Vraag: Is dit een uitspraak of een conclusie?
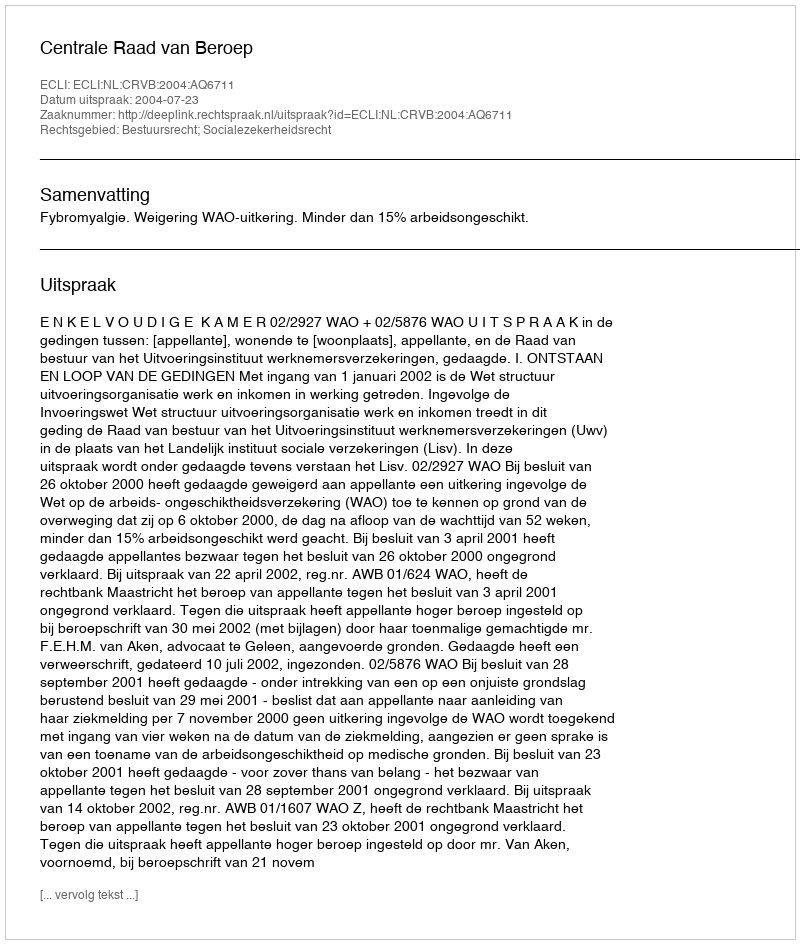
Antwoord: Uitspraak